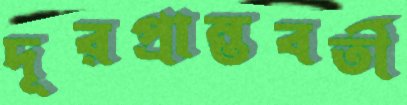
দূরপ্রান্তবর্তী